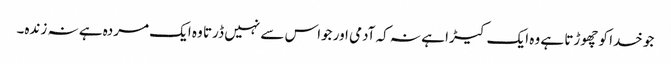
جو خدا کو چھوڑتا ہے وہ ایک کیڑا ہے نہ کہ آدمی اور جواس سے نہیں ڈرتا وہ ایک مردہ ہے نہ زندہ۔